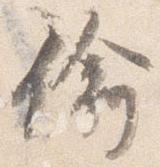
偸